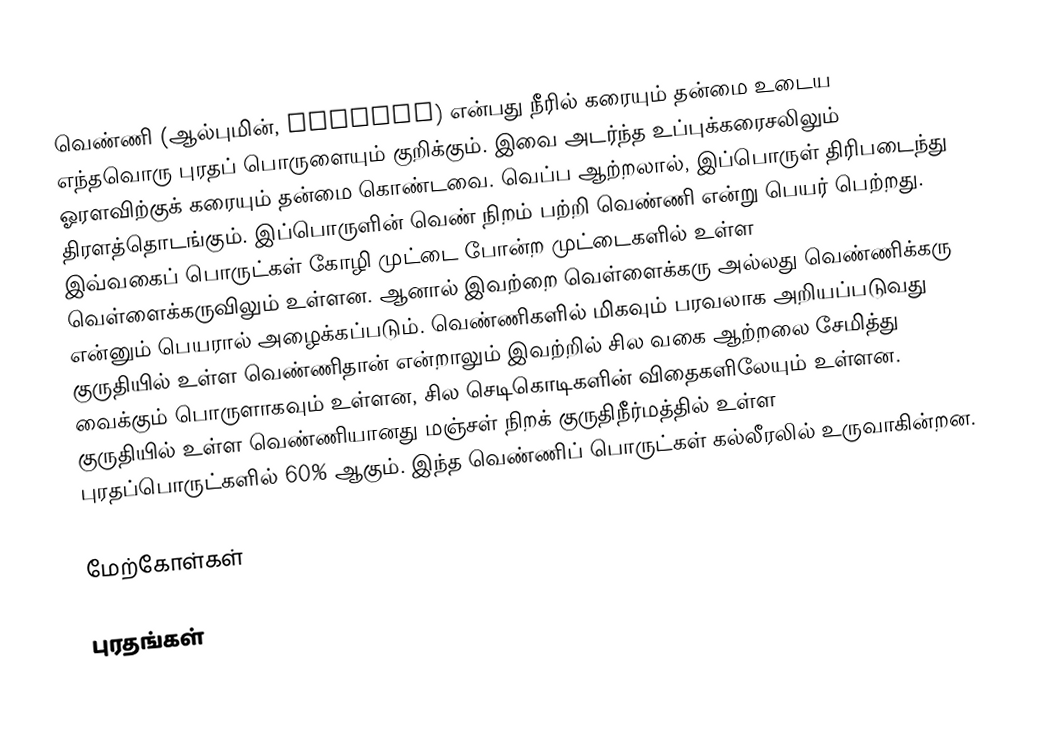
வெண்ணி (ஆல்புமின், Albumin) என்பது நீரில் கரையும் தன்மை உடைய எந்தவொரு புரதப் பொருளையும் குறிக்கும். இவை அடர்ந்த உப்புக்கரைசலிலும் ஓரளவிற்குக் கரையும் தன்மை கொண்டவை. வெப்ப ஆற்றலால், இப்பொருள் திரிபடைந்து திரளத்தொடங்கும். இப்பொருளின் வெண் நிறம் பற்றி வெண்ணி என்று பெயர் பெற்றது. இவ்வகைப் பொருட்கள் கோழி முட்டை போன்ற முட்டைகளில் உள்ள வெள்ளைக்கருவிலும் உள்ளன. ஆனால் இவற்றை வெள்ளைக்கரு அல்லது வெண்ணிக்கரு என்னும் பெயரால் அழைக்கப்படும். வெண்ணிகளில் மிகவும் பரவலாக அறியப்படுவது குருதியில் உள்ள வெண்ணிதான் என்றாலும் இவற்றில் சில வகை ஆற்றலை சேமித்து வைக்கும் பொருளாகவும் உள்ளன, சில செடிகொடிகளின் விதைகளிலேயும் உள்ளன. குருதியில் உள்ள வெண்ணியானது மஞ்சள் நிறக் குருதிநீர்மத்தில் உள்ள புரதப்பொருட்களில் 60% ஆகும். இந்த வெண்ணிப் பொருட்கள் கல்லீரலில் உருவாகின்றன.

மேற்கோள்கள்

புரதங்கள்